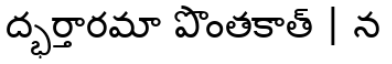
ద్భర్తారమా పొంతకాత్ | న